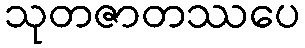
သုတဇာတဿပေ